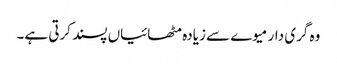
وہ گری دار میوے سے زیادہ مٹھائیاں پسند کرتی ہے۔